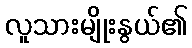
လူသားမျိုးနွယ်၏